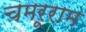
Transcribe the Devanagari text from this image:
चमरूराम